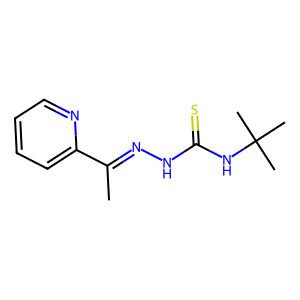
SMILES: CC(=NNC(=S)NC(C)(C)C)c1ccccn1
Inhibits HIV replication: No